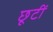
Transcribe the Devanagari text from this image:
छूटीं